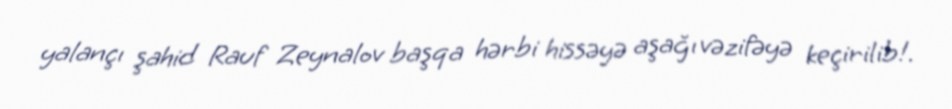
yalançı şahid Rauf Zeynalov başqa hərbi hissəyə aşağı vəzifəyə keçirilib!.